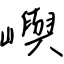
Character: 嶼